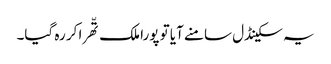
یہ سکینڈل سامنے آیا تو پورا ملک تّھرا کر رہ گیا۔